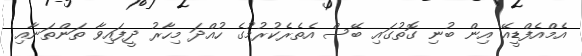
އެމްއެފްޑީއޭ އިން ބުނި ގޮތުގައި ބޭސް އެތެރެކުރުމުގެ ހުއްދަ މިހާރު ދީފައިވާ ތަންތަނާއި